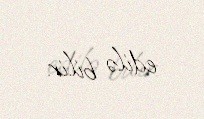
edilə bilir.